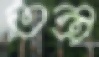
তন্ত্র